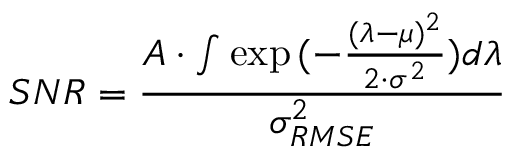
\large S N R = { \frac { A \cdot \int { \exp { ( - \frac { ( \lambda - \mu ) ^ { 2 } } { 2 \cdot \sigma ^ { 2 } } ) } } d \lambda } { \sigma _ { R M S E } ^ { 2 } } }